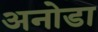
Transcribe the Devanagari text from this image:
अनोडा